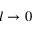
l \to 0